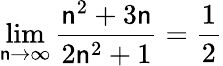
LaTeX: \lim\limits_{\mathsf{n}\rightarrow\infty}\frac{{\mathsf{n}^{2}+3\mathsf{n}}}{{2\mathsf{n}^{2}+1}}=\frac{{1}}{{2}}